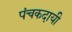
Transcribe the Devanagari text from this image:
पंचकदायी